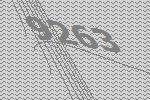
9263